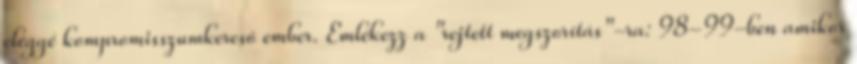
eléggé kompromisszumkereső ember. Emlékezz a "rejtett megszorítás"-ra: 98-99-ben amikor